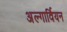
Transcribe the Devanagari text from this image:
अल्गार्वियन